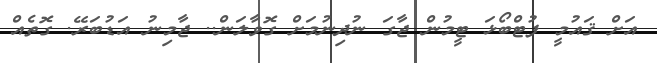
އަށް ޤައުމީ ފުޓްބޯޅަ ޓީމުން ޖާގަ ނުދިނުމަށް ގޮވާލަން.. ޖާމިނު އަޑުބަރޭ. ގޮތެއް